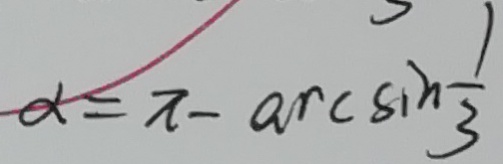
\alpha = \pi - \arcsin \frac { 1 } { 3 }